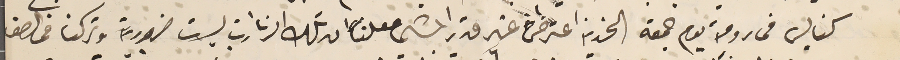
كنايس فى رومية يوم جمعة الحزينة اعترض غير قدر المشي معلناً ان تلك الزيارات ليست ضرورية وتركنا فى الصف